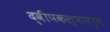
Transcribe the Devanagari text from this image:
द्वीपकल्पावरुन